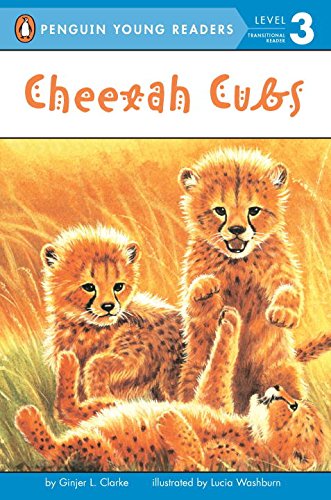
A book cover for Cheetah Cubs (Penguin Young Readers, Level 3); Ginjer L. Clarke; Children's Books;